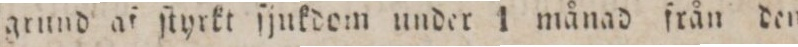
grund af ſtyrkt ſjukdom under 1 månad från den